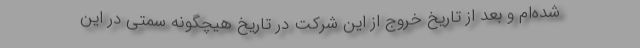
شده‌‌ام و بعد از تاریخ خروج از این شرکت در تاریخ هیچگونه سمتی در این